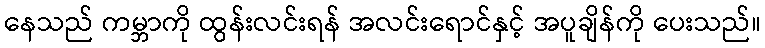
နေသည် ကမ္ဘာကို ထွန်းလင်းရန် အလင်းရောင်နှင့် အပူချိန်ကို ပေးသည်။